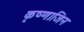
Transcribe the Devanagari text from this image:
कृष्णाजिन